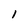
Character: 1